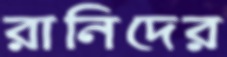
রানিদের